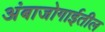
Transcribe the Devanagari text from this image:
अंबाजोगाईतील